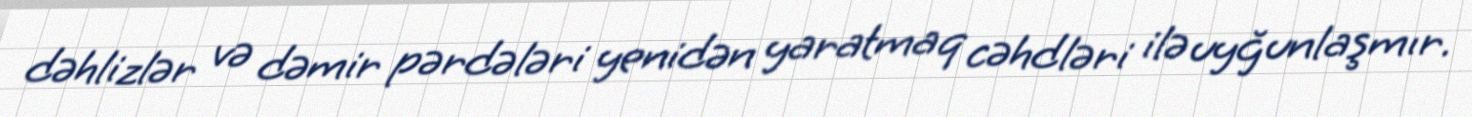
dəhlizlər və dəmir pərdələri yenidən yaratmaq cəhdləri ilə uyğunlaşmır.